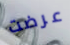
عرضت